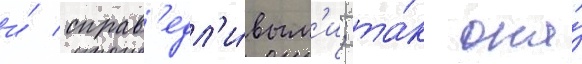
и́ справ'едл'и́вым'и; та́к она́